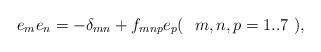
LaTeX: \begin{align*}e_{m}e_{n}=-\delta _{mn}+f_{mnp}e_{p}(~{\ m,n,p=1..7}~),\end{align*}